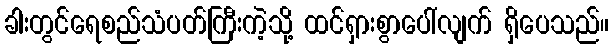
ခါးတွင်ရေစည်သံပတ်ကြီးကဲ့သို့ ထင်ရှားစွာပေါ်လျက် ရှိပေသည်။